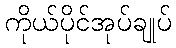
ကိုယ်ပိုင်အုပ်ချုပ်